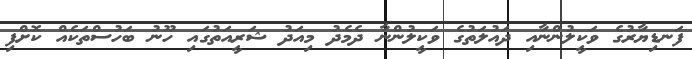
ފަނޑިޔާރުގެ ވަކީލުންނާއި ދައުލަތުގެ ވަކީލުންނާ ދެމެދު މިއަދު ޝަރީއަތުގައި ހޫނު ބަހުސްތަކެއް ކޮށްފި